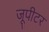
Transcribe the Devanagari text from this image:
जूपीटर